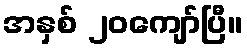
အနှစ် ၂၀ကျော်ပြီ။